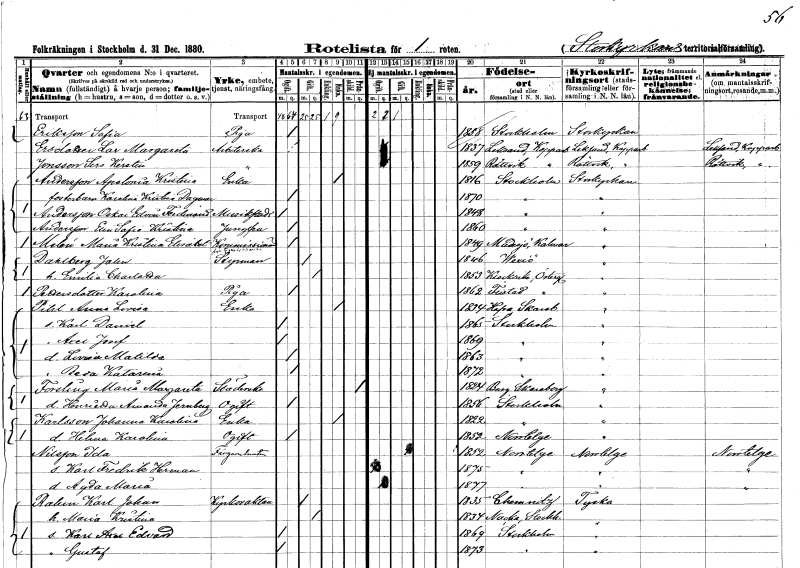
gt_parse: households: individuals: FN: Sofia
EN: Eriksson
YRKE: Piga
KON: K
CIV: O
FODAR: 1858
FODFORS: Stockholm
FN: Margareta
EN: Ersdotter Lar
YRKE: Arbeterska
KON: K
CIV: O
FODAR: 1837
FODFORS: Leksand Kopparbergs län
FN: Sers Kerstin
EN: Jonsson
YRKE: Arbeterska
KON: K
CIV: O
FODAR: 1859
FODFORS: Rättvik Kopparbergs län
FN: Apolonia Kristina
EN: Andersson
YRKE: Änka
KON: K
CIV: E
FODAR: 1816
FODFORS: Stockholm
FN: Karolina Kristina Dagmar
KON: K
CIV: O
FODAR: 1870
FODFORS: Stockholm
FN: Oskar Edvin Ferdinand
EN: Andersson
YRKE: Musikelev
KON: M
CIV: O
FODAR: 1848
FODFORS: Stockholm
FN: Eva Sofia Kristina
EN: Andersson
YRKE: Jungfru
KON: K
CIV: O
FODAR: 1860
FODFORS: Stockholm
FN: Maria Kristina Elisabet
EN: Melén
YRKE: Kommissionär
KON: K
CIV: O
FODAR: 1849
FODFORS: Madesjö Kalmar län
FN: John
EN: Dahlberg
YRKE: Styrman
KON: M
CIV: G
FODAR: 1846
FODFORS: Växjö Kronobergs län
FN: Emilia Charlotta
KON: K
CIV: G
FODAR: 1853
FODFORS: Klockrike Östergötlands län
FN: Karolina
EN: Pettersdotter
YRKE: Piga
KON: K
CIV: O
FODAR: 1862
FODFORS: Flistad Östergötlands län
FN: Anna Lovisa
EN: Pihl
YRKE: Änka
KON: K
CIV: E
FODAR: 1834
FODFORS: Hova Skaraborgs län
FN: Karl Daniel
KON: M
CIV: O
FODAR: 1865
FODFORS: Stockholm
FN: Axel Josef
KON: M
CIV: O
FODAR: 1869
FODFORS: Stockholm
FN: Lovisa Matilda
KON: K
CIV: O
FODAR: 1863
FODFORS: Stockholm
FN: Beda Katarina
KON: K
CIV: O
FODAR: 1872
FODFORS: Stockholm
FN: Maria Margareta
EN: Forsling
YRKE: Städerska
KON: K
CIV: X
FODAR: 1824
FODFORS: Berg Skaraborgs län
FN: Henrietta Amanda
EN: Jernberg
KON: K
CIV: O
FODAR: 1856
FODFORS: Stockholm
FN: Johanna Karolina
EN: Karlsson
YRKE: Änka
KON: K
CIV: E
FODAR: 1822
FODFORS: Stockholm
FN: Hilma Karolina
KON: K
CIV: O
FODAR: 1852
FODFORS: Norrtälje Stockholms län
FN: Ida
EN: Nilsson
YRKE: Färgarehustru
KON: K
CIV: G
FODAR: 1852
FODFORS: Norrtälje Stockholms län
FN: Karl Fredrik Herman
KON: M
CIV: O
FODAR: 1875
FODFORS: Norrtälje Stockholms län
FN: Agda Maria
KON: K
CIV: O
FODAR: 1877
FODFORS: Norrtälje Stockholms län